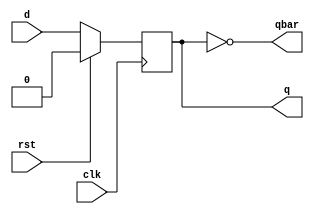
module dff (input clk,rst,d,output reg q,output qbar);
always @(posedge clk)begin
if(rst)
q<=0;
else
q<=d;
end
assign qbar=~q;
endmodule

module cnt(input clk,rst,output q,qbar,output [2:0] cnt);
wire [2:0]d;
wire q0,q0bar,q1,q1bar;
dff f0(clk,rst,d[0],q0,q0bar);
dff f1(clk,rst,d[1],q1,q1bar);
dff f2(clk,rst,d[2],q,qbar);
assign d[0]=q0&q1bar| q0bar&q1&q;
assign d[1]=q1bar&q;
assign d[2]=q1bar;
assign cnt={q0,q1,q};
endmodule



module tb;
reg clk,rst;
wire q,qbar;
wire [2:0]cnt;
cnt dut(clk,rst,q,qbar,cnt);
always #5 clk=~clk;
initial begin
clk=0;rst=1;
#10 rst=0;
#100 $finish();
end
initial
$monitor($time,"clk=%b,rst=%b,d=%b",clk,rst,cnt);
endmodule